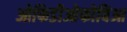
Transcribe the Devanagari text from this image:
ओफिडीओफोबिआ